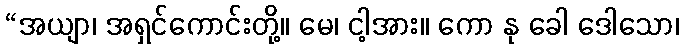
“အယျာ၊ အရှင်ကောင်းတို့။ မေ၊ ငါ့အား။ ကော နု ခေါ ဒေါသော၊